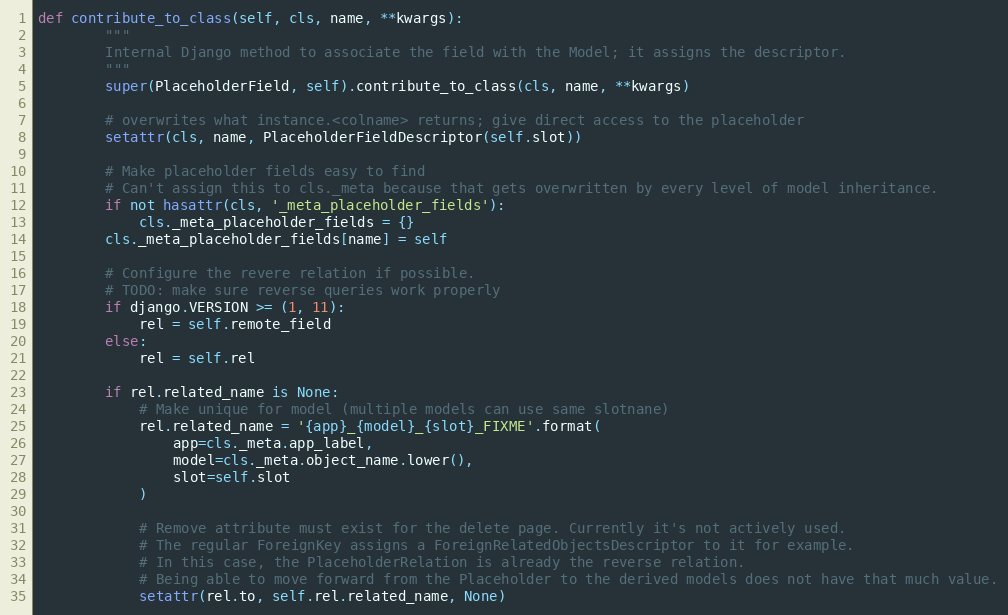
Language: Python
def contribute_to_class(self, cls, name, **kwargs):
        """
        Internal Django method to associate the field with the Model; it assigns the descriptor.
        """
        super(PlaceholderField, self).contribute_to_class(cls, name, **kwargs)

        # overwrites what instance.<colname> returns; give direct access to the placeholder
        setattr(cls, name, PlaceholderFieldDescriptor(self.slot))

        # Make placeholder fields easy to find
        # Can't assign this to cls._meta because that gets overwritten by every level of model inheritance.
        if not hasattr(cls, '_meta_placeholder_fields'):
            cls._meta_placeholder_fields = {}
        cls._meta_placeholder_fields[name] = self

        # Configure the revere relation if possible.
        # TODO: make sure reverse queries work properly
        if django.VERSION >= (1, 11):
            rel = self.remote_field
        else:
            rel = self.rel

        if rel.related_name is None:
            # Make unique for model (multiple models can use same slotnane)
            rel.related_name = '{app}_{model}_{slot}_FIXME'.format(
                app=cls._meta.app_label,
                model=cls._meta.object_name.lower(),
                slot=self.slot
            )

            # Remove attribute must exist for the delete page. Currently it's not actively used.
            # The regular ForeignKey assigns a ForeignRelatedObjectsDescriptor to it for example.
            # In this case, the PlaceholderRelation is already the reverse relation.
            # Being able to move forward from the Placeholder to the derived models does not have that much value.
            setattr(rel.to, self.rel.related_name, None)